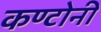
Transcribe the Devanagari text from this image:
कण्टोनी